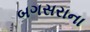
બગસરાના